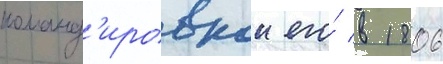
команд'ировкои его́ в 1806